Civil Veterinary Dept. North-West Frontier Province 1923-32 - 1923-1932
Year: 1923
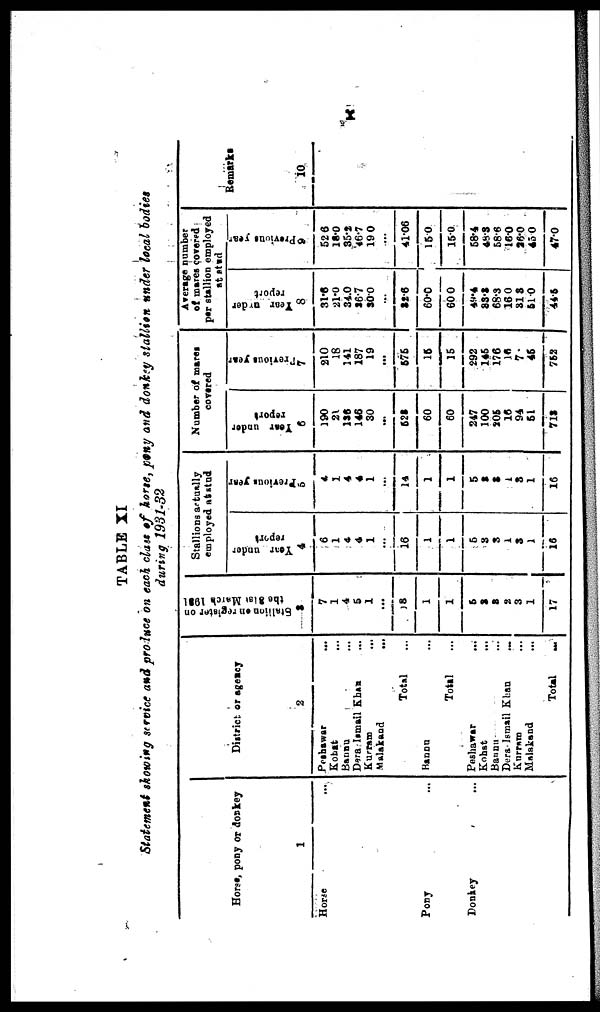
X
TABLE XI
Statement showing service and produce on each class of horse, pony and donkey stallion under local bodies
during 1931-32
Horse, pony or donkey
1
Horse ...
Pony …
Donkey ...
District or agency
2
Peshawar ...
Kohat ...
Bannu ...
Dera Ismail Khan ...
Kurram
...
Malakand
...
Total ...
Bannu ...
Total ...
Peshawar
...
Kohat ...
Bannu ...
Dera Ismail Khan
...
Kurram ...
Malakand ...
Total
...
Stallion on register on
the 31st March 1931
3
7
1
4
5
1
...
18
1
1
5
3
3
2
3
1
17
Stallions actually
employed at stud
Year under
report
4
6
1
4
4
1
...
16
1
1
5
3
3
1
3
1
16
Previous year
5
4
1
4
4
1
...
14
1
1
5
3
3
1
3
1
16
Number of mares
covered
Year under
report
6
190
21
136
146
30
...
528
60
60
247
100
205
16
94
51
713
Previous year
7
210
18
141
187
19
...
575
15
15
292
145
176
16
7
45
752
Average number
of mares covered
per stallion employed
at stud
Year under
report
8
31.6
21.0
34.0
26.7
30.0
...
32.6
60.0
60.0
49.4
83.3
68.3
16.0
31.3
51.0
44.5
Previous year
9
52 6
18.0
35.2
46.7
19.0
...
41.06
15.0
15.0
58.4
48.3
58.6
16.0
26.0
45 0
47.0
Remarks
10